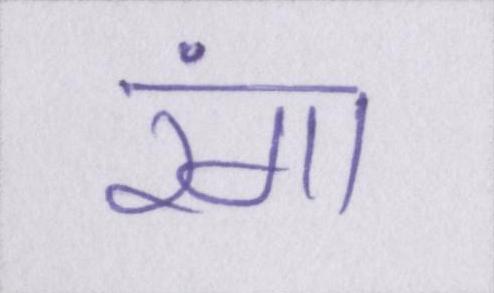
रंगा